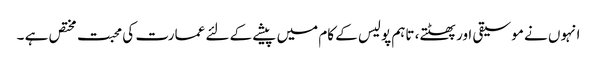
انہوں نے موسیقی اور پھٹتے، تاہم پولیس کے کام میں پیشے کے لئے عمارت کی محبت مختص ہے ۔